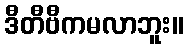
ဒီတီဗီကမလာဘူး။